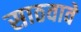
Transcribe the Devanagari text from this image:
साठवावे